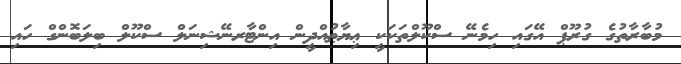
މުބާރާތުގެ ގުރޫޕް އޭގައި ހިމެނޭ ސްކޫލްތަކަކީ ޢިޔާޠުއްދީން އިންޓާރނޭޝިނަލް ސްކޫލް ބިލަބޮންގް ހައި